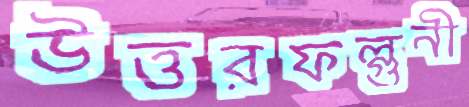
উত্তরফল্গুনী